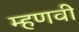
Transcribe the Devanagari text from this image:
म्हणवी